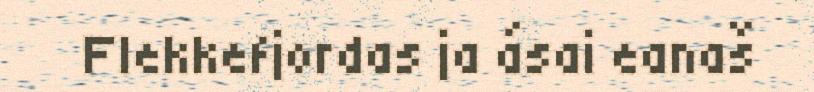
Flekkefjordas ja ásai eanaš